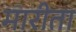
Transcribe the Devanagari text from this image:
मारीता